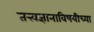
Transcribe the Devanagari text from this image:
तत्त्वज्ञानाविषयीच्या